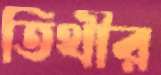
তিথীর